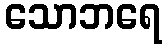
သောဘရေ